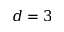
d = 3